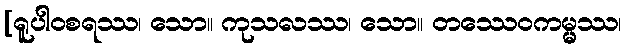
[ရူပါဝစရဿ၊ သော။ ကုသလဿ၊ သော။ တဿေဝကမ္မ္မဿ၊